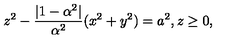
z ^ { 2 } - { \frac { | 1 - \alpha ^ { 2 } | } { \alpha ^ { 2 } } } ( x ^ { 2 } + y ^ { 2 } ) = a ^ { 2 } , z \ge 0 ,